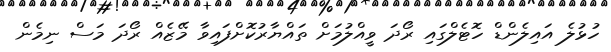
ހުޅުލެ އައިލެންޑް ހޮޓެލްގައި ރޯދަ ވީއްލުމަށް ތައްޔާރުކޮށްފައިވާ މޭޒެއް ރޯދަ މަސް ނިމެން